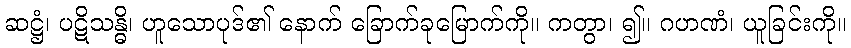
ဆဋ္ဌံ၊ ပဋိသန္ဓိ၊ ဟူသောပုဒ်၏ နောက် ခြောက်ခုမြောက်ကို။ ကတွာ၊ ၍။ ဂဟဏံ၊ ယူခြင်းကို။